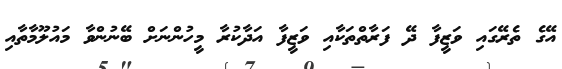
އޭގެ ތެރޭގައި ވަޒީފާ ދޭ ފަރާތްތަކާއި ވަޒީފާ އަދާކުރާ މީހުންނަށް ބޭނުންވާ މައުލޫމާތާއި